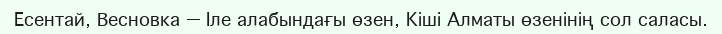
Есентай, Весновка — Іле алабындағы өзен, Кіші Алматы өзенінің сол саласы.